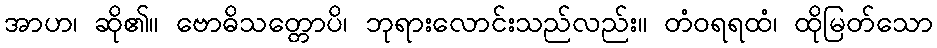
အာဟ၊ ဆို၏။ ဗောဓိသတ္တောပိ၊ ဘုရားလောင်းသည်လည်း။ တံဝရရထံ၊ ထိုမြတ်သော